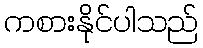
ကစားနိုင်ပါသည်